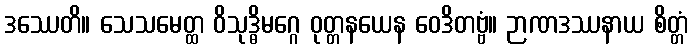
ဒဿေတိ။ သေသမေတ္ထ ဝိသုဒ္ဓိမဂ္ဂေ ဝုတ္တနယေန ဝေဒိတဗ္ဗံ။ ဉာဏဒဿနာယ စိတ္တံ